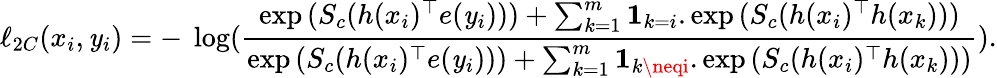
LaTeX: \ell_{2C}(x_{i},\mathit{y}_{i})=-~\log(\frac{{\exp{(S_{c}(h(x_{i})^{\top}e(\mathit{y}_{i})))}+\sum_{k=1}^{m}\mathbf{{1}}_{k=i}.\exp{(S_{c}(h(x_{i})^{\top}h(x_{k})))}}}{{\exp{(S_{c}(h(x_{i})^{\top}e(\mathit{y}_{i})))}+\sum_{k=1}^{m}\mathbf{{1}}_{k\neqi}.\exp{(S_{c}(h(x_{i})^{\top}h(x_{k})))}}}).